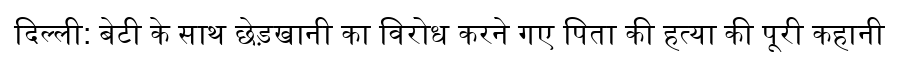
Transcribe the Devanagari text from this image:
दिल्ली: बेटी के साथ छेड़खानी का विरोध करने गए पिता की हत्या की पूरी कहानी